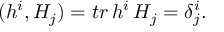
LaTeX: ( h ^ { i } , H _ { j } ) = t r \, h ^ { i } \, H _ { j } = \delta _ { j } ^ { i } .